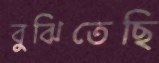
বুঝিতেছি